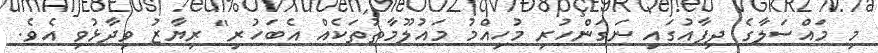
މި މައްސަލާގެ ދިފާއުގައި ނަގަންހުރި މުހިއްމު މައުލޫމާތުތަކެއް އެބަހުރި" ރިޔާޒު ވިދާޅުވި އެވެ.